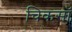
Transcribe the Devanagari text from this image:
चिकसॉ